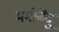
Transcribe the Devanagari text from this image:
मर्मबिंदु